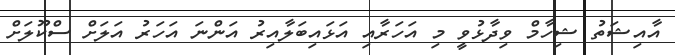
އާއިޝަތު ޝިހާމް ވިދާޅުވީ މި އަހަރާއި އަޅައިބަލާއިރު އަންނަ އަހަރު އަލަށް ސްކޫލަށް